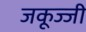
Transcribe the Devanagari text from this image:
जकूज्जी